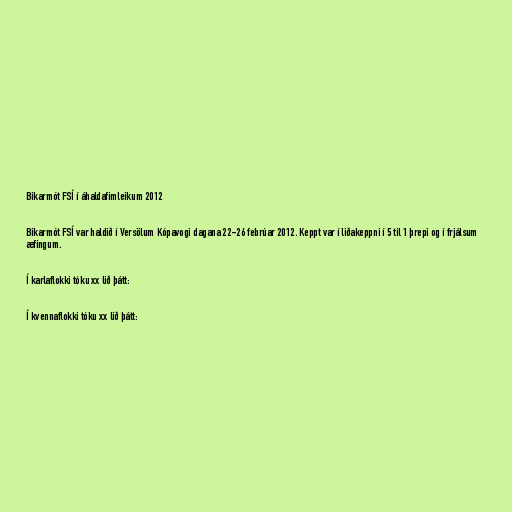
Bikarmót FSÍ í áhaldafimleikum 2012

Bikarmót FSÍ var haldið í Versölum Kópavogi dagana 22-26 febrúar 2012. Keppt var í liðakeppni í 5 til 1 þrepi og í frjálsum
æfingum.

Í karlaflokki tóku xx lið þátt:

Í kvennaflokki tóku xx lið þátt: